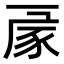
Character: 𧰳